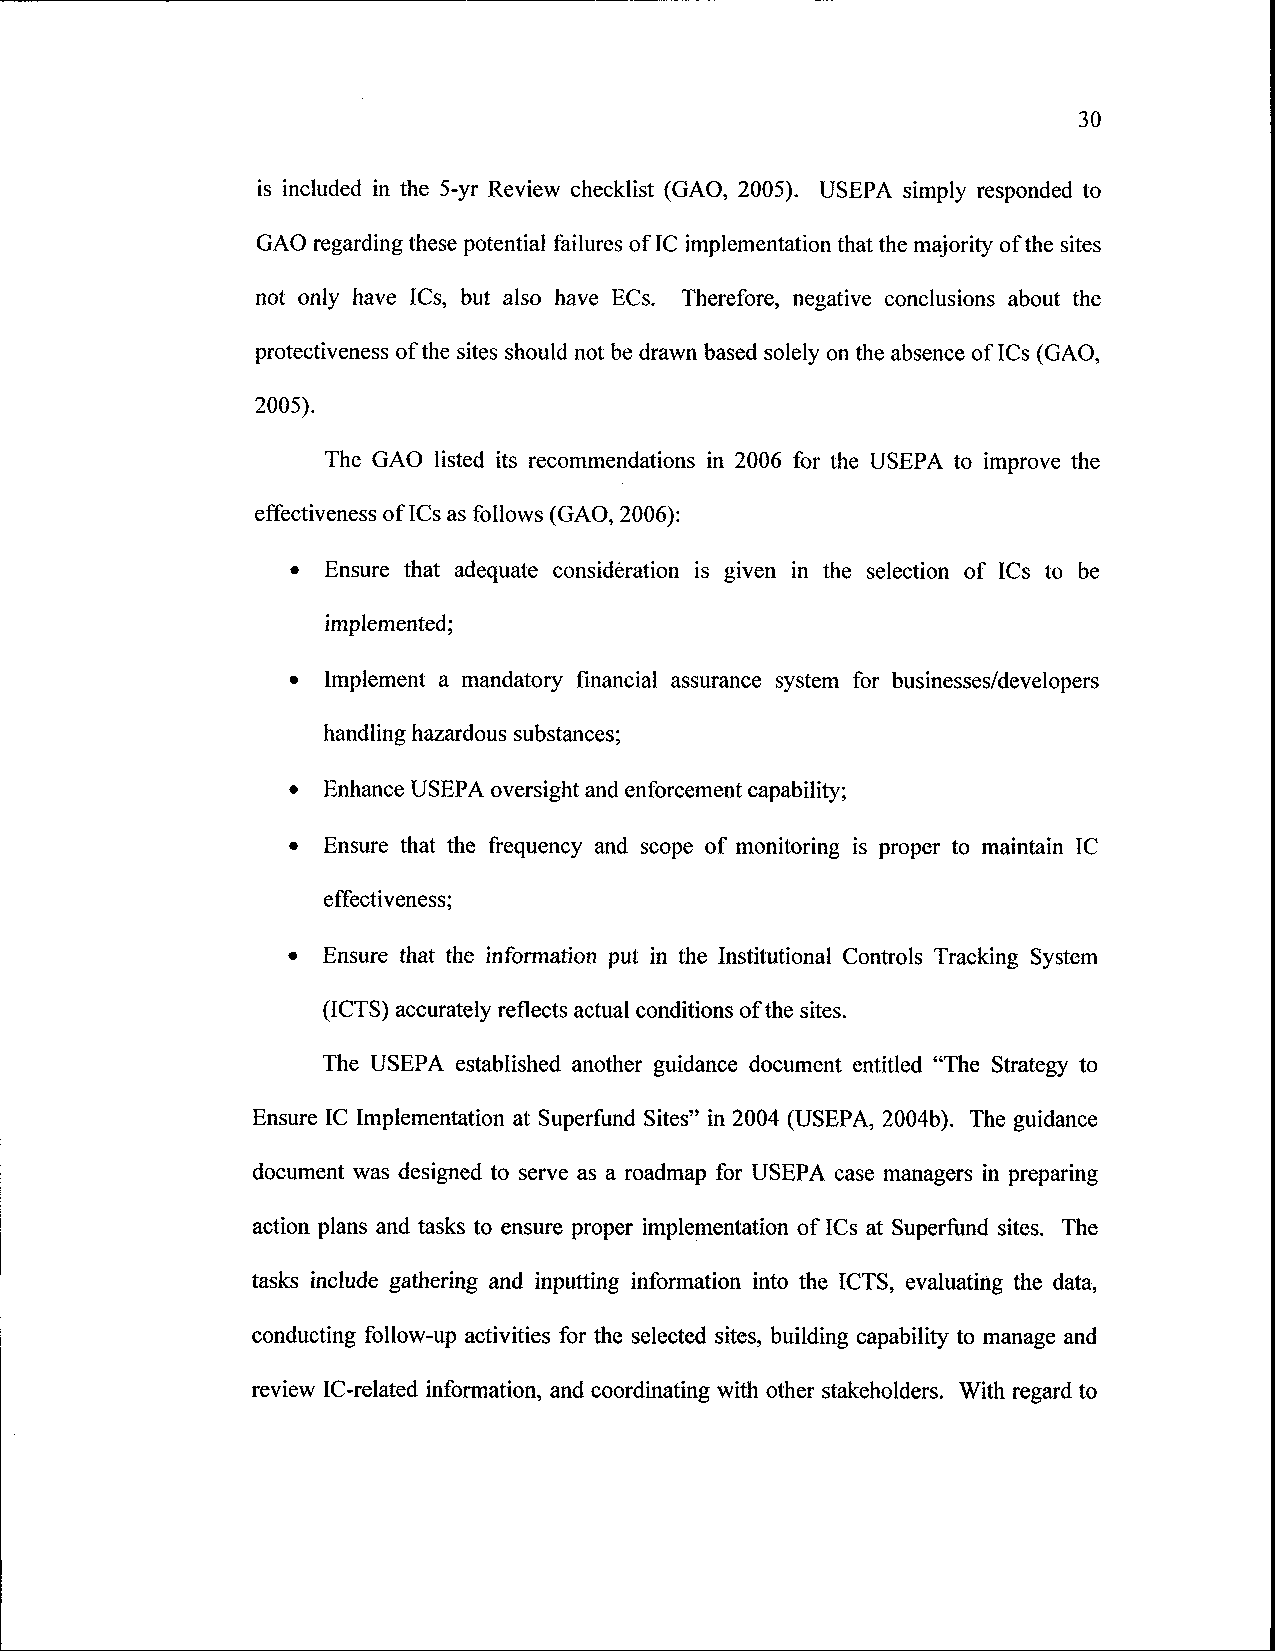
30
 is included in the 5-yr Review checklist (GAO, 2005). USEPA simply responded to
 GAO regarding these potential failures of IC implementation that the majority of the sites
 not only have ICs, but also have ECs. Therefore, negative conclusions about the
 protectiveness of the sites should not be drawn based solely on the absence of ICs (GAO,
 2005).
 The GAO listed its recommendations in 2006 for the USEPA to improve the
 effectiveness of ICs as follows (GAO, 2006):
 •  Ensure that adequate consideration is given in the selection of ICs to be
 implemented;
 •  Implement a mandatory financial assurance system for businesses/developers
 handling hazardous substances;
 • Enhance USEPA oversight and enforcement capability;
 • Ensure that the frequency and scope of monitoring is proper to maintain IC
 effectiveness;
 • Ensure that the information put in the Institutional Controls Tracking System
 (ICTS) accurately reflects actual conditions of the sites.
 The USEPA established another guidance document entitled "The Strategy to
 Ensure IC Implementation at Superfund Sites" in 2004 (USEPA, 2004b). The guidance
 document was designed to serve as a roadmap for USEPA case managers in preparing
 action plans and tasks to ensure proper implementation of ICs at Superfund sites. The
 tasks include gathering and inputting information into the ICTS, evaluating the data,
 conducting follow-up activities for the selected sites, building capability to manage and
 review IC-related information, and coordinating with other stakeholders. With regard to